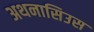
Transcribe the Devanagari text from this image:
अथनासिउस